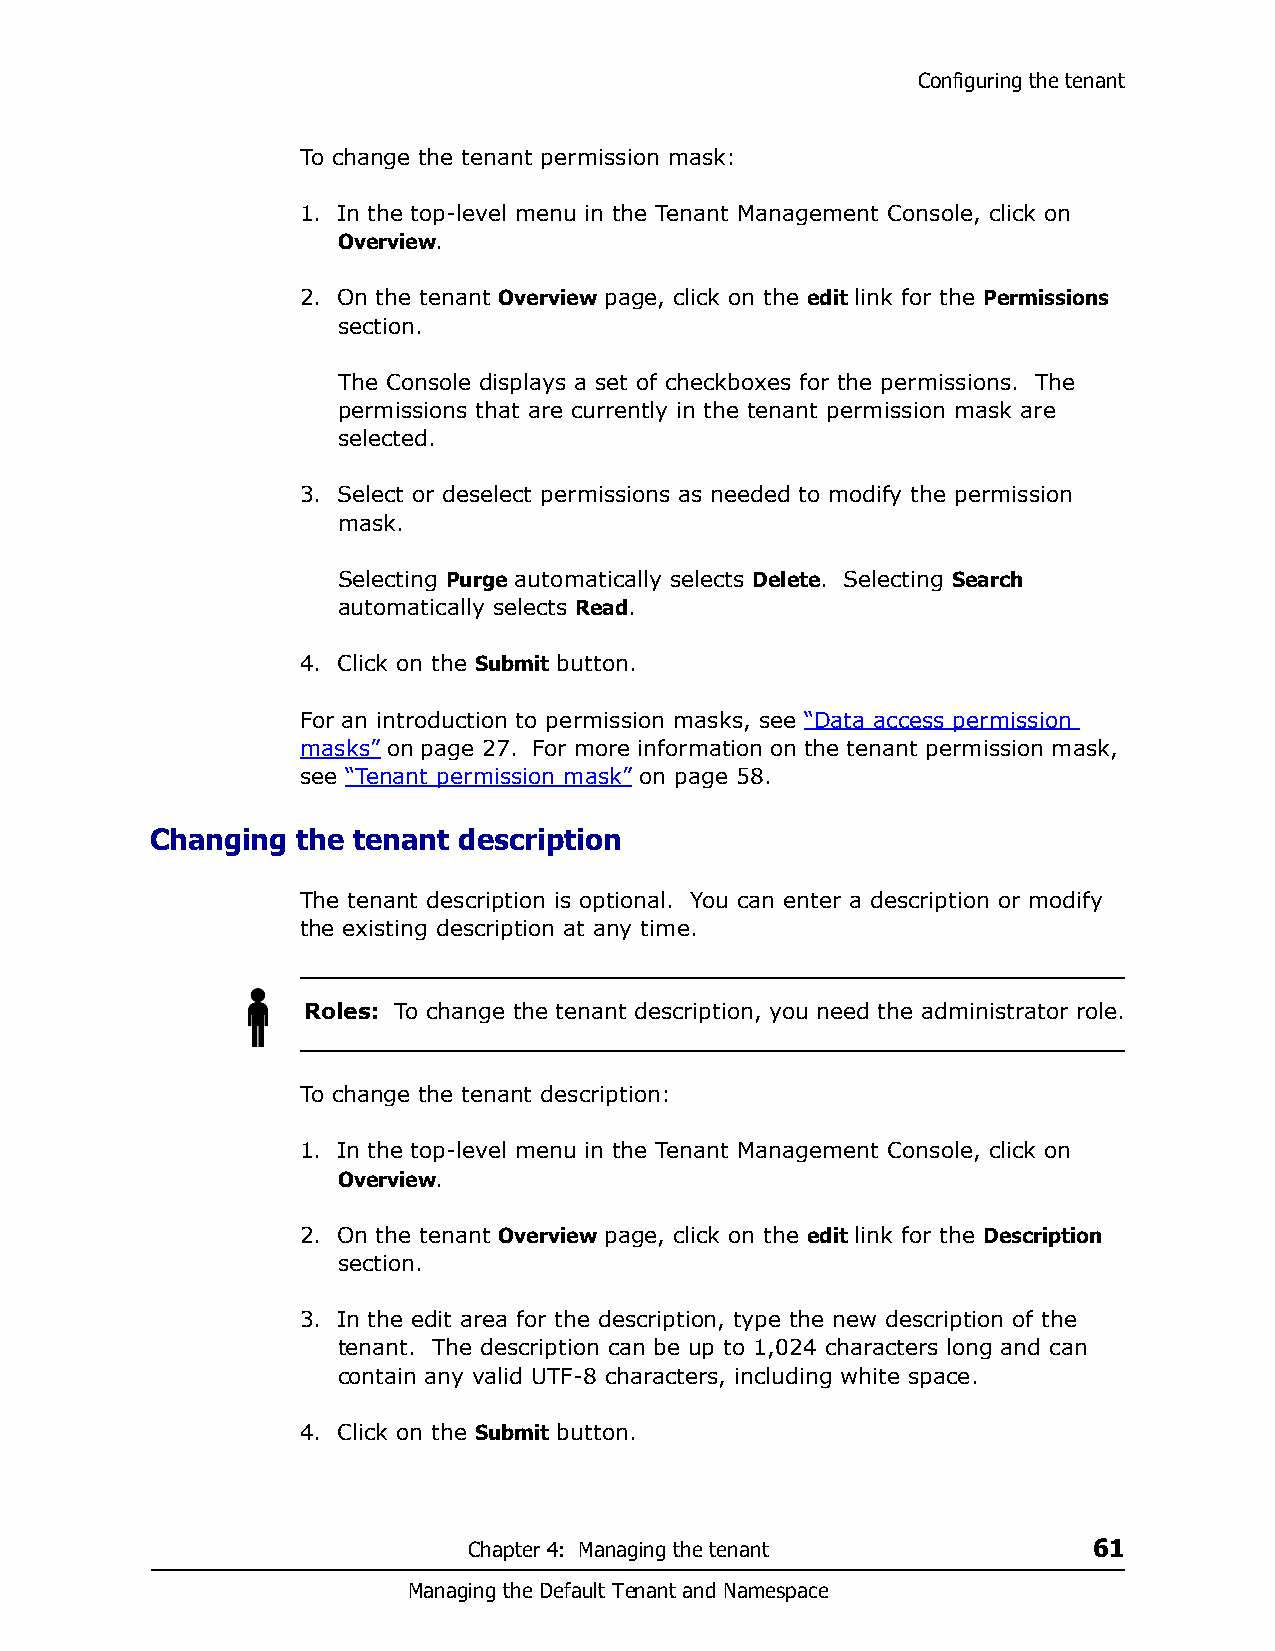
Configuring the tenant
 To change the tenant permission mask:
 1. In the top-level menu in the Tenant Management Console, click on
 Overview.
 2. On the tenant Overview page, click on the edit link for the Permissions
 section.
 The Console displays a set of checkboxes for the permissions. The
 permissions that are currently in the tenant permission mask are
 selected.
 3. Select or deselect permissions as needed to modify the permission
 mask.
 Selecting Purge automatically selects Delete. Selecting Search
 automatically selects Read.
 4. Click on the Submit button.
 For an introduction to permission masks, see “Data access permission
 masks” on page 27. For more information on the tenant permission mask,
 see “Tenant permission mask” on page 58.
 Changing  the tenant description
 The tenant description is optional. You can enter a description or modify
 the existing description at any time.
 Roles: To change the tenant description, you need the administrator role.
 To change the tenant description:
 1. In the top-level menu in the Tenant Management Console, click on
 Overview.
 2. On the tenant Overview page, click on the edit link for the Description
 section.
 3. In the edit area for the description, type the new description of the
 tenant. The description can be up to 1,024 characters long and can
 contain any valid UTF-8 characters, including white space.
 4. Click on the Submit button.
 Chapter 4: Managing the tenant           61
 Managing the Default Tenant and Namespace